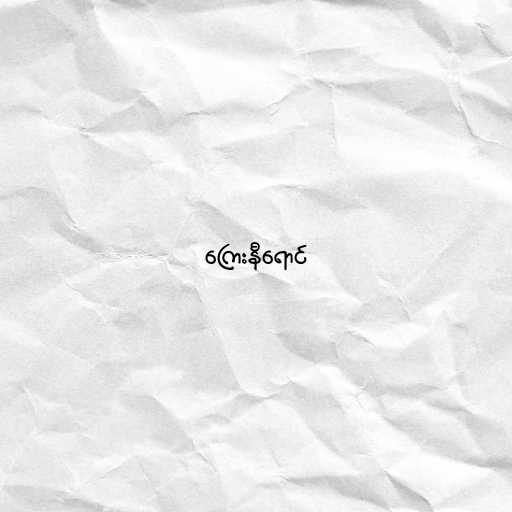
ကြေးနီရောင်